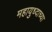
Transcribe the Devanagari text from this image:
महायुध्दाच्या